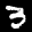
Label: 3